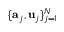
\{ \mathbf { a } _ { j } , \mathbf { u } _ { j } \} _ { j = 1 } ^ { N }